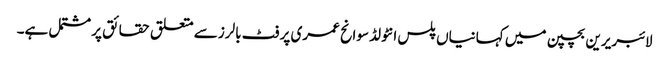
لائبریرین بچپن میں کہانیاں پلس انٹولڈ سوانح عمری پر فٹ بالرز سے متعلق حقائق پر مشتمل ہے۔